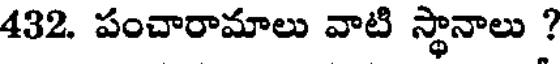
432. పంచారామాలు వాటి స్థానాలు ?